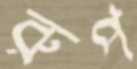
রুপ